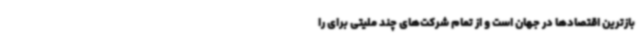
بازترین اقتصادها در جهان است و از تمام شرکت‌های چند ملیتی برای را